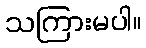
သကြားမပါ။